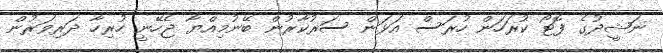
ނަޝީދުގެ ފޮޓޯ ކުރަހަން ހުރަސް އަޅަން ސަރުކާރުން ބޭނުމިއްޔާ ޖެހޭނީ ހުރިހާ ދަރިވަރުން